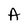
Character: A